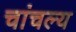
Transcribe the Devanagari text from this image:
चांचल्य